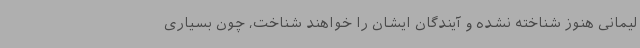
لیمانی هنوز شناخته نشده و آیندگان ایشان را خواهند شناخت، چون بسیاری